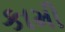
કામી